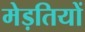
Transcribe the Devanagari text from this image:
मेड़तियों